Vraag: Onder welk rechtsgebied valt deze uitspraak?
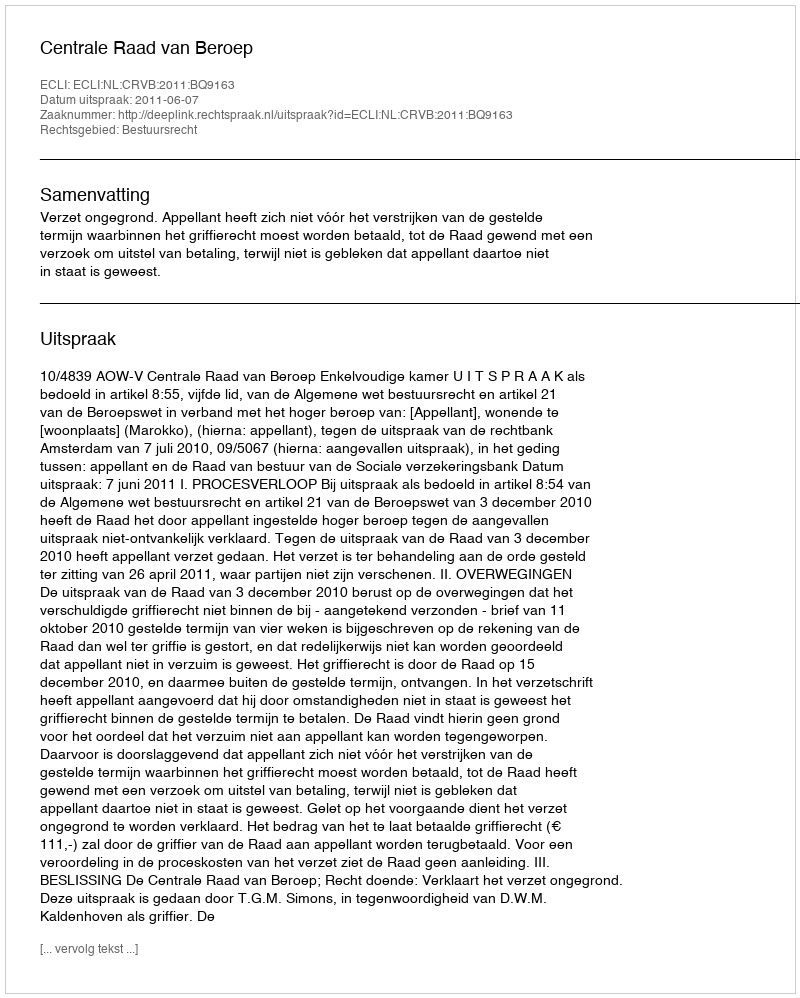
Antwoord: Bestuursrecht